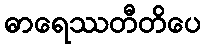
ဓာရေဿတီတိပေ